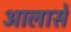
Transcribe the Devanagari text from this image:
आलासे